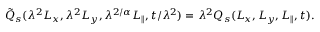
\begin{array} { r } { \tilde { Q } _ { s } ( \lambda ^ { 2 } L _ { x } , \lambda ^ { 2 } L _ { y } , \lambda ^ { 2 / \alpha } L _ { \parallel } , t / \lambda ^ { 2 } ) = \lambda ^ { 2 } Q _ { s } ( L _ { x } , L _ { y } , L _ { \parallel } , t ) . } \end{array}